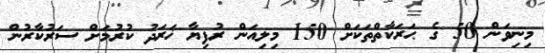
މިނިވަން 50 ގެ ޙަރަކާތްތަކަށް 150 މިލިއަން ރުފިޔާ ޚަރަދު ކުރުމަށް ސަރުކާރުން